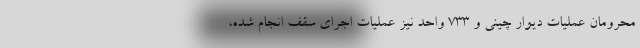
محرومان عملیات دیوار چینی و ۷۳۳ واحد نیز عملیات اجرای سقف انجام شده،